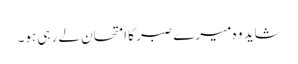
شاید وہ میرے صبر کا امتحان لے رہی ہو۔